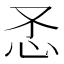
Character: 𰑀